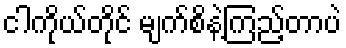
ငါကိုယ်တိုင် မျက်စိနဲ့ကြည့်တာပဲ